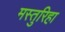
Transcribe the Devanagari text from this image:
मस्तुरिहा